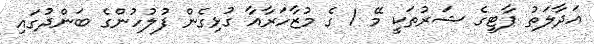
އަދާލަތު ޕާޓީގެ ޝަރުތަކީ މޭ 1 ގެ މުޒާހަރާއާ ގުޅިގެން ފުލުހުންގެ ބަންދުގައި